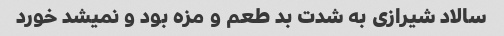
سالاد شیرازی به شدت بد طعم و مزه بود و نمیشد خورد